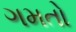
ગમતો